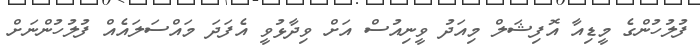
ފުލުހުންގެ މީޑިއާ އޮފިޝަލް މިއަދު ވީނިއުސް އަށް ވިދާޅުވީ އެފަދަ މައްސަލައެއް ފުލުހުންނަށް